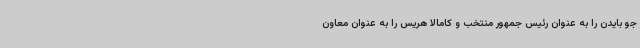
جو بایدن را به عنوان رئیس جمهور منتخب و کامالا هریس را به عنوان معاون